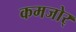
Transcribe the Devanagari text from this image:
कमजोर्